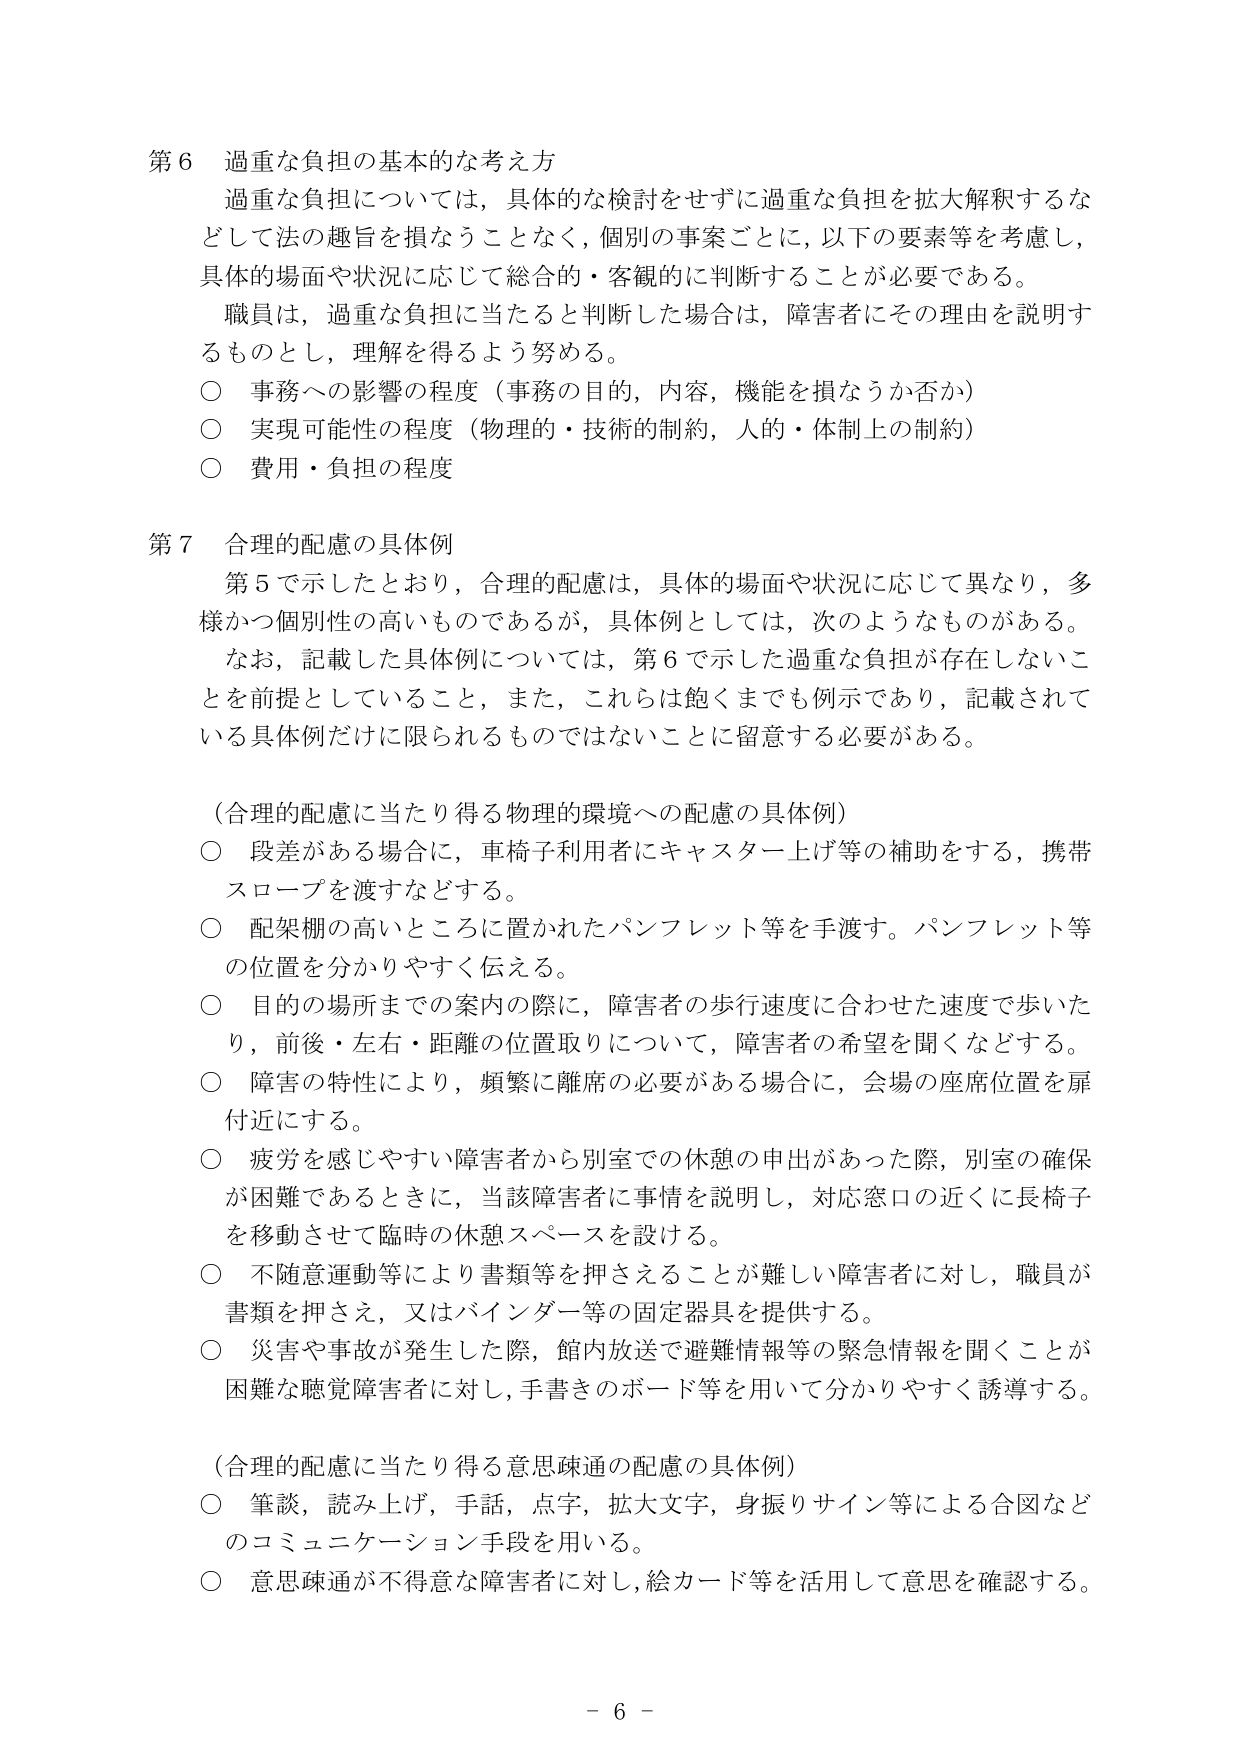
第６ 過重な負担の基本的な考え方
過重な負担については，具体的な検討をせずに過重な負担を拡大解釈するなどして法の趣旨を損なうことなく，個別の事案ごとに，以下の要素等を考慮し，具体的場面や状況に応じて総合的・客観的に判断することが必要である。
職員は，過重な負担に当たると判断した場合は，障害者にその理由を説明するものとし，理解を得るよう努める。
○ 事務への影響の程度（事務の目的，内容，機能を損なうか否か）
○ 実現可能性の程度（物理的・技術的制約，人的・体制上の制約）
○ 費用・負担の程度

第７ 合理的配慮の具体例
第５で示したとおり，合理的配慮は，具体的場面や状況に応じて異なり，多様かつ個別性の高いものであるが，具体例としては，次のようなものがある。
なお，記載した具体例については，第６で示した過重な負担が存在しないことを前提としていること，また，これらは飽くまでも例示であり，記載されている具体例だけに限られるものではないことに留意する必要がある。

（合理的配慮に当たり得る物理的環境への配慮の具体例）
○ 段差がある場合に，車椅子利用者にキャスター上げ等の補助をする，携帯スロープを渡すなどする。
○ 配架棚の高いところに置かれたパンフレット等を手渡す。パンフレット等の位置を分かりやすく伝える。
○ 目的の場所までの案内の際に，障害者の歩行速度に合わせた速度で歩いたり，前後・左右・距離の位置取りについて，障害者の希望を聞くなどする。
○ 障害の特性により，頻繁に離席の必要がある場合に，会場の座席位置を扉付近にする。
○ 疲労を感じやすい障害者から別室での休憩の申出があった際，別室の確保が困難であるときに，当該障害者に事情を説明し，対応窓口の近くに長椅子を移動させて臨時の休憩スペースを設ける。
○ 不随意運動等により書類等を押さえることが難しい障害者に対し，職員が書類を押さえ，又はバインダー等の固定器具を提供する。
○ 災害や事故が発生した際，館内放送で避難情報等の緊急情報を聞くことが困難な聴覚障害者に対し，手書きのボード等を用いて分かりやすく誘導する。

（合理的配慮に当たり得る意思疎通の配慮の具体例）
○ 筆談，読み上げ，手話，点字，拡大文字，身振りサイン等による合図などのコミュニケーション手段を用いる。
○ 意思疎通が不得意な障害者に対し，絵カード等を活用して意思を確認する。

－６－